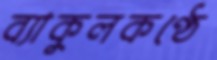
ব্যাকুলকণ্ঠে